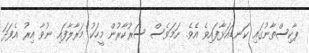
ޕާކިސްތާނުގައި ކަނޑައަޅާފައިވެ އެވެ. ނަމަވެސް ސަރުކާރުން މީހަކު މަރާލާފައި ނުވާ އިރު އެފަދަ